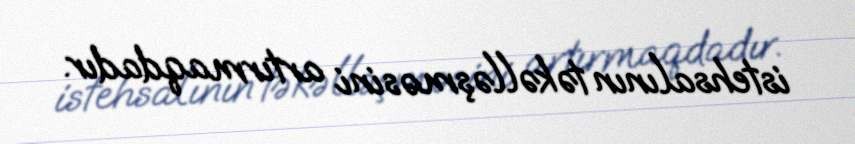
istehsalının təkəlləşməsini artırmaqdadır.